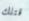
قتلك